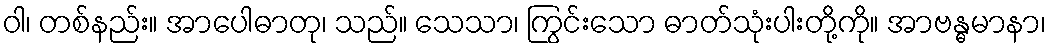
ဝါ၊ တစ်နည်း။ အာပေါဓာတု၊ သည်။ သေသာ၊ ကြွင်းသော ဓာတ်သုံးပါးတို့ကို။ အာဗန္ဓမာနာ၊